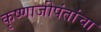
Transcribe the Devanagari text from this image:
कृष्णाजीपंतांचा